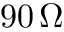
9 0 \, \Omega